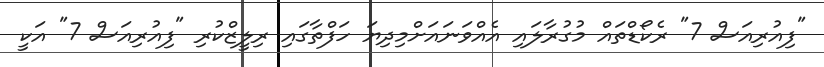
"ފިއުރިއަސް 7" ރެކޯޑްތައް މުގުރާލައި އެއްވަނައަށްމިދިޔަ ހަފްތާގައި ރިލީޒްކުރި "ފިއުރިއަސް 7" އަކީ